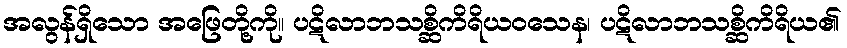
အလွန်ရှိသော အဖြေတို့ကို။ ပဋိလာဘသစ္ဆိကိရိယဝသေန၊ ပဋိလာဘသစ္ဆိကိရိယ၏